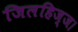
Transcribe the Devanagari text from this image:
जिलहिज्ज।